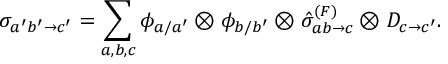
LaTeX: \sigma _ { a ^ { \prime } b ^ { \prime } \rightarrow c ^ { \prime } } = \sum _ { a , b , c } \phi _ { a / a ^ { \prime } } \otimes \phi _ { b / b ^ { \prime } } \otimes \hat { \sigma } _ { a b \rightarrow c } ^ { ( F ) } \otimes D _ { c \rightarrow c ^ { \prime } } .